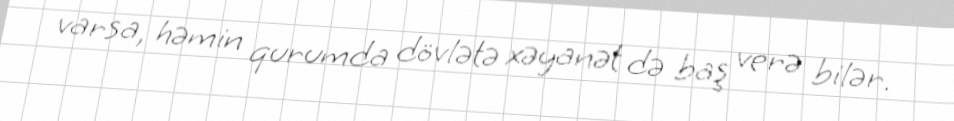
varsa, həmin qurumda dövlətə xəyanət də baş verə bilər.